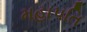
મહાપતિ